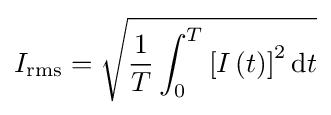
I_{\mathrm {rms} }={\sqrt {{\frac {1}{T}}\int _{0}^{T}\left[I\left(t\right)\right]^{2}\mathrm {d} t}}\,\!